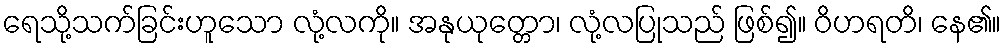
ရေသို့သက်ခြင်းဟူသော လုံ့လကို။ အနုယုတ္တော၊ လုံ့လပြုသည် ဖြစ်၍။ ဝိဟရတိ၊ နေ၏။